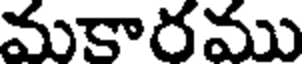
మకారము